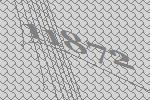
11872